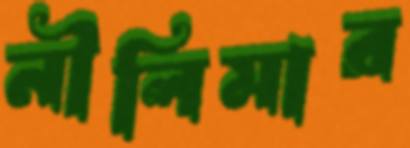
নীলিমার